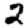
Digit: 2